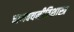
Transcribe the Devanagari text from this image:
चाणक्यनीतिशास्त्र